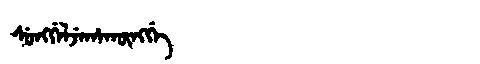
Manchu: ᠰᡠᠩᡤᡝᠯᠵᡝᡥᠠᡴᡡᠩᡤᡝ
Romanization: SUNGGELJEHAKŪNGGE